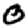
Digit: 0